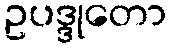
ဥပဒ္ဒုတော